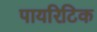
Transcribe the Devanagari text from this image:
पायरिटिक